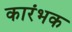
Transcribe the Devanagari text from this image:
कारंभक